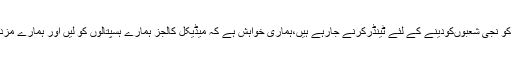
ریلوے کے سکولوں اور ہسپتالوں کو نجی شعبوںکودینے کے لئے ٹینڈرکرنے جارہے ہیں،ہماری خواہش ہے کہ میڈیکل کالجز ہمارے ہسپتالوں کو لیں اور ہمارے مزدوروںکو صحت کی سہولیات دیں۔